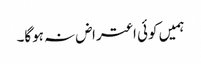
ہمیں کوئی اعتراض نہ ہوگا۔